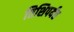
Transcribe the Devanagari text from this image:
तिशिपर्यंत